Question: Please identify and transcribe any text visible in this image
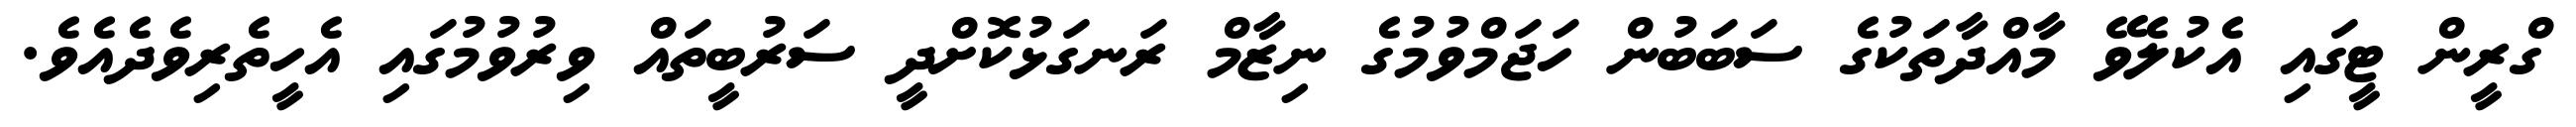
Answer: ގްރީން ޓީގައި އެކުލެވޭ މާއްދާތަކުގެ ސަބަބުން ހަޖަމްވުމުގެ ނިޒާމް ރަނގަޅުކޮށްދީ ސަރުބީތައް ވިރުވުމުގައި އެހީތެރިވެދެއެވެ.